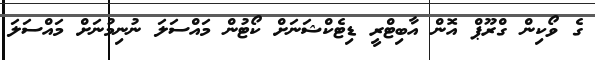
ގެ ވޯކިން ގްރޫޕް އޮން އާބިޓްރީ ޑިޓެކްޝަނަށް ކޯޓުން މައްސަލަ ނުނިމުނަށް މައްސަލަ